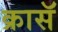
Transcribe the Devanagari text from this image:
क्रासॅ